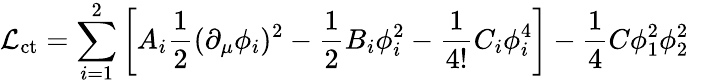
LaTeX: {\cal\mathcal{L}}_{\mathrm{{ct}}}=\sum_{i=1}^{2}\left[A_{i}\frac{{1}}{{2}}(\partial_{\mu}\phi_{i})^{2}-\frac{{1}}{{2}}B_{i}\phi_{i}^{2}-\frac{{1}}{{4!}}C_{i}\phi_{i}^{4}\right]-\frac{{1}}{{4}}C\phi_{1}^{2}\phi_{2}^{2}\; \;